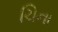
ચિના